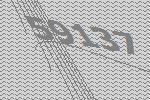
59137